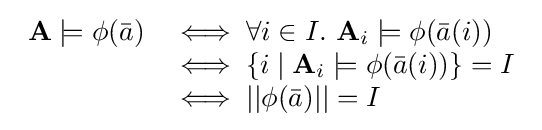
{\begin{array}{rl}\mathbf {A} \models \phi ({\bar {a}})&\iff \forall i\in I.\ \mathbf {A} _{i}\models \phi ({\bar {a}}(i))\\&\iff \{i\mid \mathbf {A} _{i}\models \phi ({\bar {a}}(i))\}=I\\&\iff ||\phi ({\bar {a}})||=I\end{array}}